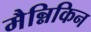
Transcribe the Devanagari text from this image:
मैन्निकिन